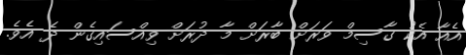
އެއާ އެކު ގާސިމް ވަރަށް ބާރަށް މާ ދުރަށް ވިއްސައިގެން ދެ އެވެ.